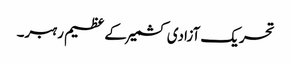
تحریک آزادی کشمیر کے عظیم رہبر۔